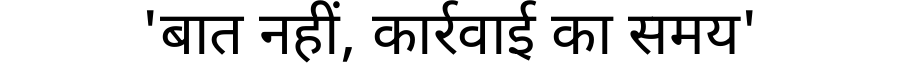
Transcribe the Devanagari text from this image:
'बात नहीं, कार्रवाई का समय'